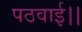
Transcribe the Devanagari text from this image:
पठवाई।।